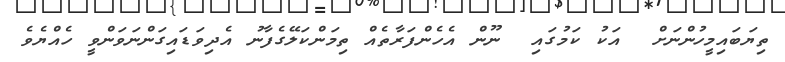
ތިޔަބައިމީހުންނަށް  އަކު ކަމުގައި  ނޫން އެހެންފަރާތެއް ތިމަންކަލޭގެފާނު އެދިވަޑައިގަންނަވަންވީ ހެއްޔެވެ